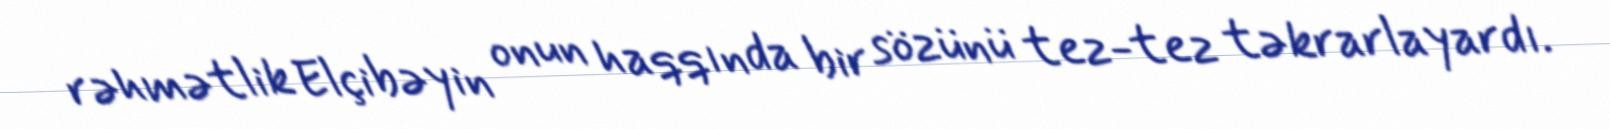
rəhmətlik Elçibəyin onun haqqında bir sözünü tez-tez təkrarlayardı.